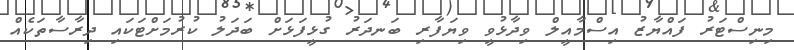
މިނިސްޓަރު ފައްޔާޒު އިސްމާއީލް ވިދާޅުވީ ވިޔަފާރި ބަނދަރު ގުޅީފަޅަށް ބަދަލު ކުރުމަށްޓަކައި ދިރާސާތަކެއް